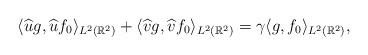
LaTeX: \begin{align*}\langle \widehat{u}g, \widehat{u}f_0 \rangle_{L^2 (\mathbb{R}^2)} + \langle \widehat{v}g, \widehat{v}f_0 \rangle_{L^2 (\mathbb{R}^2)} = \gamma \langle g,f_0 \rangle_{L^2 (\mathbb{R}^2)},\end{align*}